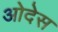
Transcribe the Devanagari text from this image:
ओदेस